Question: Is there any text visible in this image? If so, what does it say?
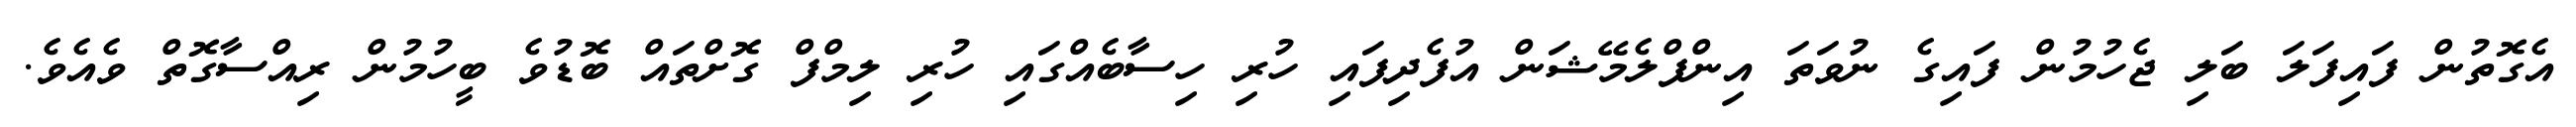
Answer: އެގޮތުން ފައިފަލަ ބަލި ޖެހުމުން ފައިގެ ނުވަތަ އިންފްލެމޭޝަން އުފެދިފައި ހުރި ހިސާބެއްގައި ހުރި ލިމްފް ގޮށްތައް ބޮޑުވެ ބީހުމުން ރިއްސާގޮތް ވެއެވެ.